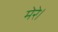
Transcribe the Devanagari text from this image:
मेरे।